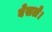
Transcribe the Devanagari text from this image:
बेसले।